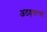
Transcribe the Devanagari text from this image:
अठहत्तरवां